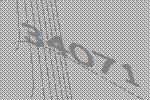
34071